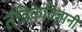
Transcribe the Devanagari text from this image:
तंत्रिकविज्ञानी